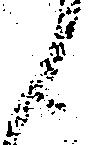
ら